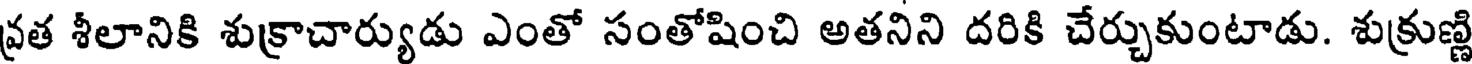
వ్రత శీలానికి శుక్రాచార్యుడు ఎంతో సంతోషించి అతనిని దరికి చేర్చుకుంటాడు. శుక్రుణ్ణి